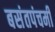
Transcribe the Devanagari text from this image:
बसंतपंचमी